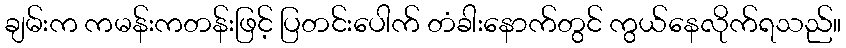
ချမ်းက ကမန်းကတန်းဖြင့် ပြတင်းပေါက် တံခါးနောက်တွင် ကွယ်နေလိုက်ရသည်။